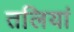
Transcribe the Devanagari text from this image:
तलियां